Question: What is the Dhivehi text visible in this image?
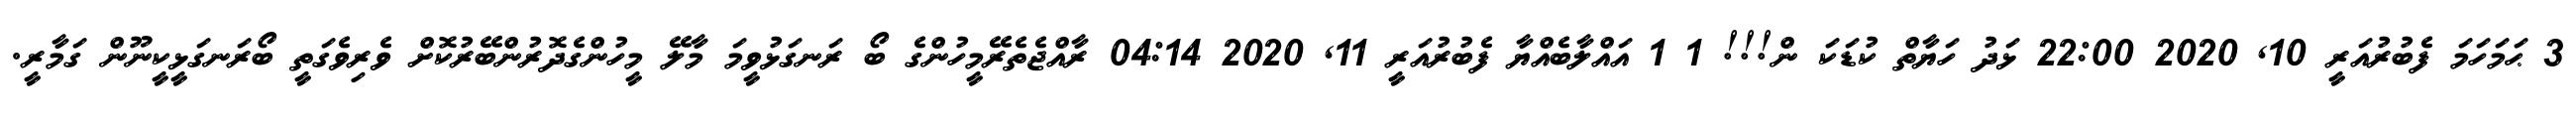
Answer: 3 ޙަމަހަމަ ފެބުރުއަރީ 10, 2020 22:00 ޅަދު ހަޔާތް ކުޑަކަ ން!!! 1 1 އައްލާބެއްޔާ ފެބުރުއަރީ 11, 2020 04:14 ރާއްޖެތެރޭމީހުންގެ ބޯ ރަނގަޅުވީމަ މާލޭ މީހުންގެދޮރުންބޭރުކޮށް ވެރިވެގަތީ ބޯރަނގަޅީކީނޫން ގަމާރީ.